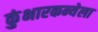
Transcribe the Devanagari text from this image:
कुंभारकन्येला